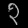
Digit: ၃